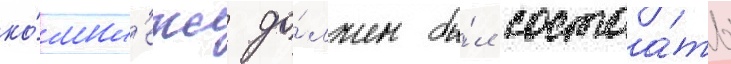
ко́мпл'екс до́лжен бы́л состоа́ть